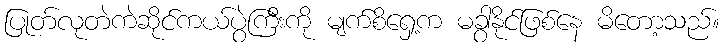
ပြုတ်လုတဲကဲဆိုင်ကယ်ပွဲကြီးကို မျက်စိရှေ့က မခွာနိုင်ဖြစ်နေ မိတော့သည်။